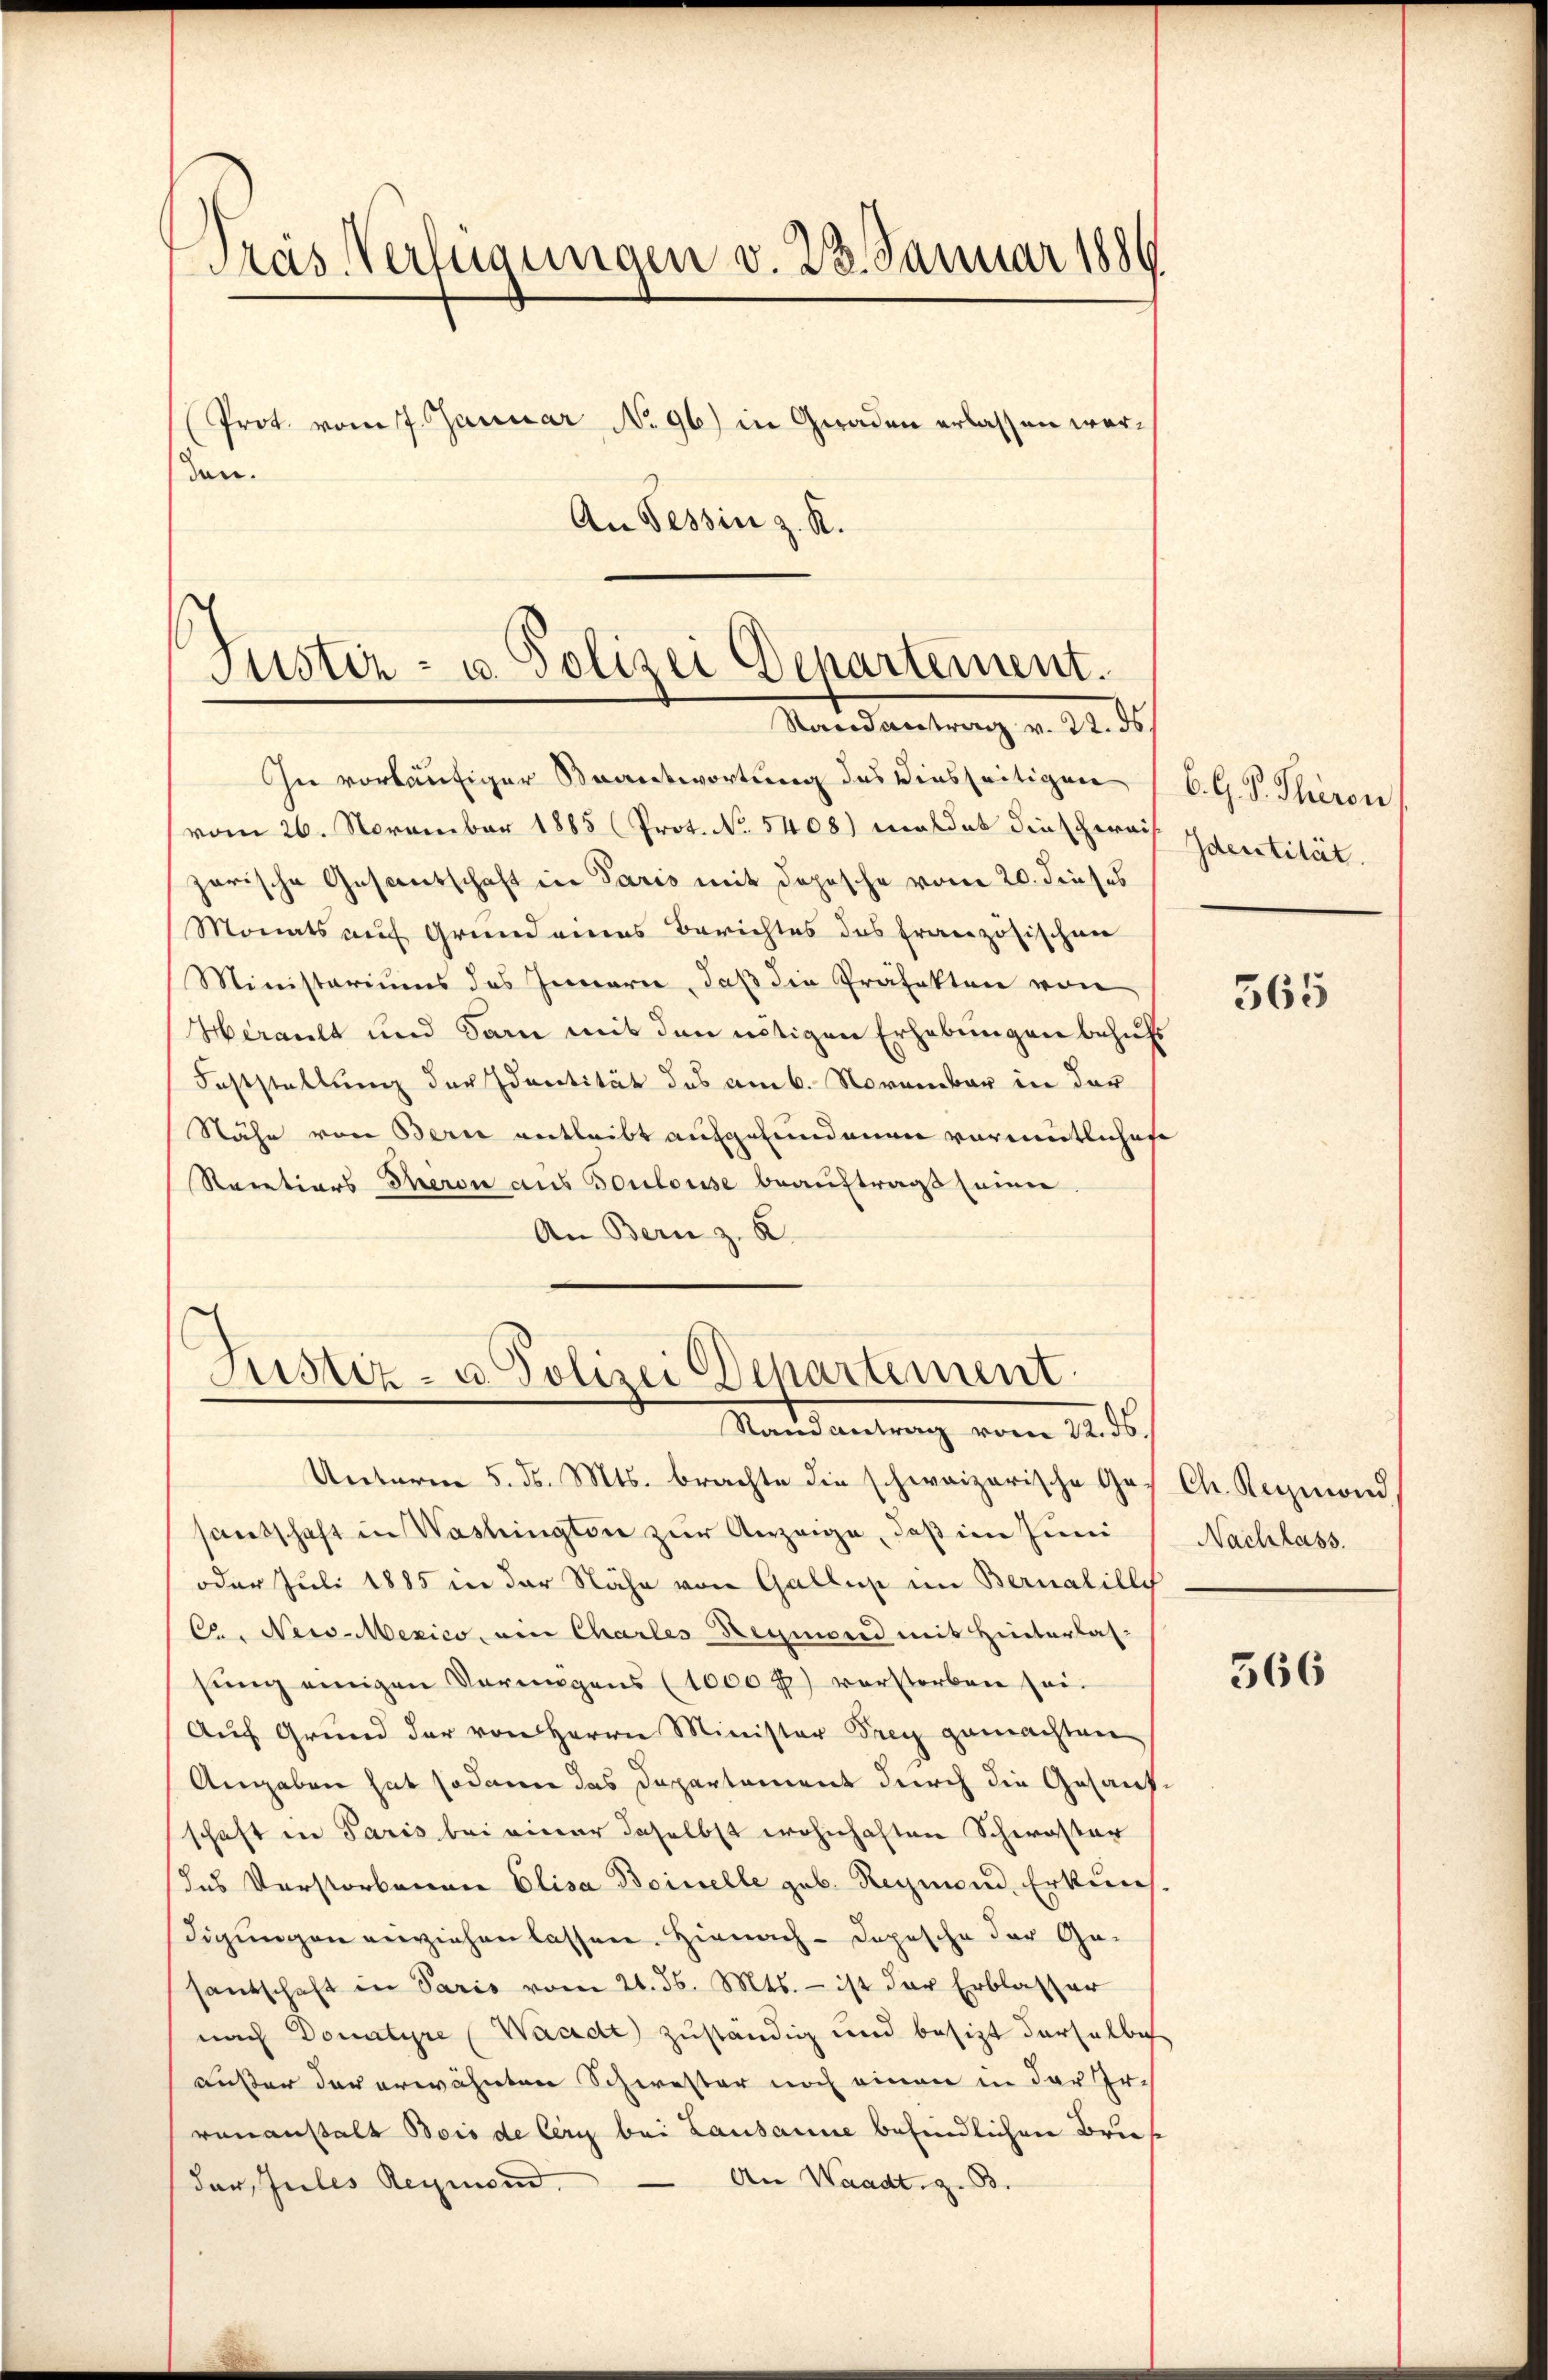
Pras Verfügungen v. 23. Januar 1889
(Prot. vom 7. Januar No 96) in Geraden erlassen worden.

An Tessin z. R.

Justiz- u. Polizei Departement.
Randantrag v. 22. ds.

In vorläufiger Beantwortung des Diesseitigen
vom 26. November 1885 (Prot. No. 5408) meldet dieschwei
zarische Gesantschaft in Paris mit dopische vom 20. dieses
Monats auf Grund eines Berichtes des französischen
Ministeriums des Innern, daß die Präfekten von
Herault und dann mit den nötigen Erhebungen behufs
Feststellung der Identität des am 6. November in der
Nähe von Bern antleibt aufgefundenen vormutliches
Reretions Theron aus Toulouse beauftragt seine
An Bern z. B.
Unterm 5. d. Mts. brachte die schweizerische Ges. Ch. Reymond
santschaft in Washingten zur Anzeige, daß im Juni
oder Juli 1885 in der Nähe von Gallis im Bernalilly
Ca. Nei-Mexico, ein Charles Reymond mit Hinterlas-
sung einigen Vermögens (1000 fl) verstorben sei.
Auf Grund der von Herrn Minister Frey gemachten
Angaben hat sodann das Departament durch die Gesanf
schaft in Paris bei einer daselbst wohnhaften Schwaster
das Verstorbenen Elisa Boiselle geb. Reymond, Erkunf
digungen einziehen lassen. Hiernach - Depesche der Gesantschaft in Paris vom 21. ds. Mts. - ist der Erblasser
nach Domitire (Waadt) zuständig und besitzt derselbe
außer der erwähnten Schwester noch einen in der Ir.
rananstalt Bois de Cery bei Lausanne befindlichen Brief
An Waadt, z. B.
der, Jules Reymond.

Justiz- u. Polizei Departement
Randantrag vom 22. ds.

6. G. P. Thiron
Identität.

565

Nachlass.

566